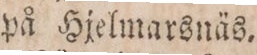
på Hjelmarsnäs.